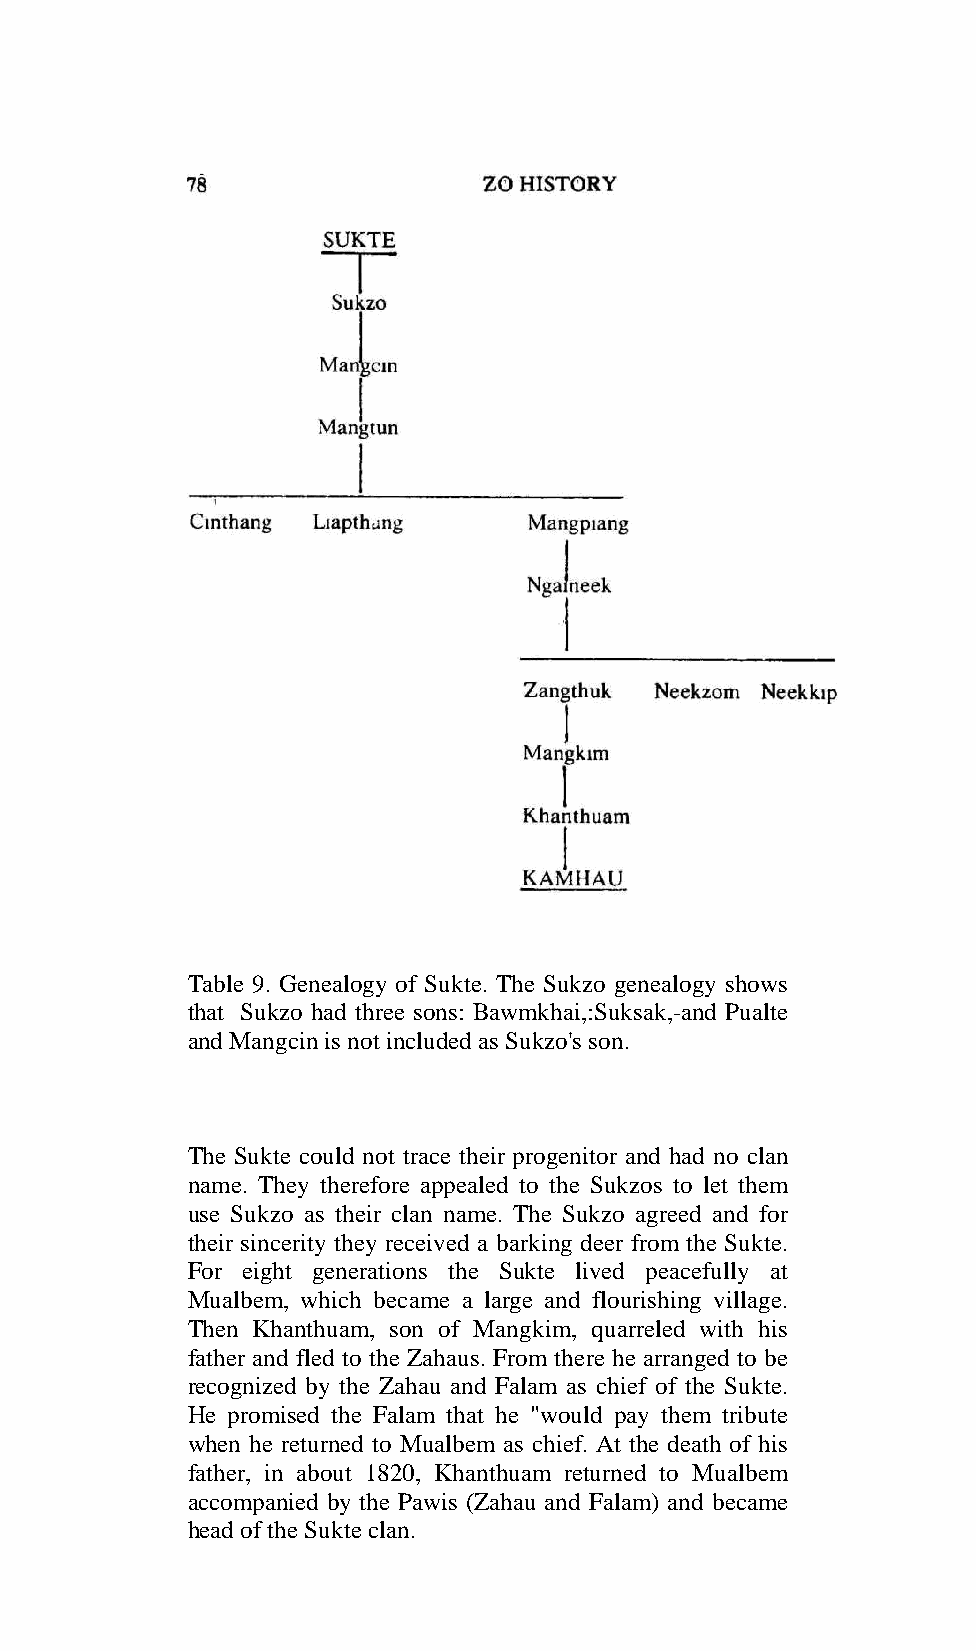
Table 9. Genealogy of Sukte. The Sukzo genealogy shows
 that Sukzo had three sons: Bawmkhai,:Suksak,-and Pualte
 and Mangcin is not included as Sukzo's son.
 The Sukte could not trace their progenitor and had no clan
 name. They therefore appealed to the Sukzos to let them
 use Sukzo as their clan name. The Sukzo agreed and for
 their sincerity they received a barking deer from the Sukte.
 For eight generations the Sukte lived peacefully at
 Mualbem, which became a large and flourishing village.
 Then Khanthuam, son of Mangkim, quarreled with his
 father and fled to the Zahaus. From there he arranged to be
 recognized by the Zahau and Falam as chief of the Sukte.
 He promised the Falam that he "would pay them tribute
 when he returned to Mualbem as chief. At the death of his
 father, in about 1820, Khanthuam returned to Mualbem
 accompanied by the Pawis (Zahau and Falam) and became
 head of the Sukte clan.